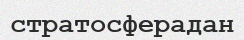
стратосферадан